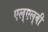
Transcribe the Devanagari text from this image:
एल्‌एल्‌बी